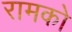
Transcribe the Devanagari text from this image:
रामको